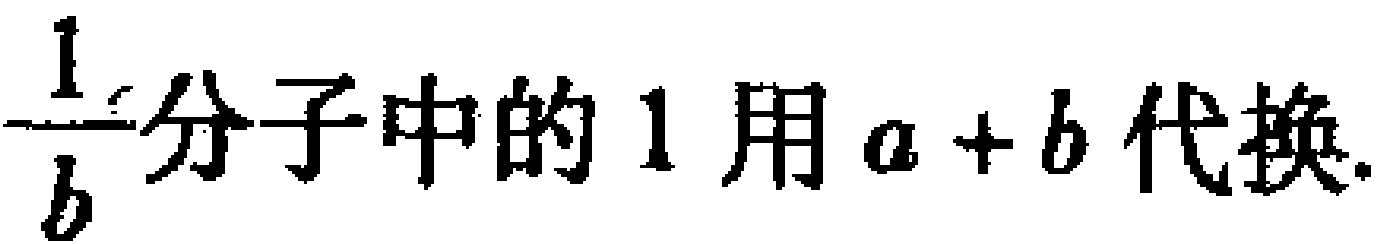
$\frac{1}{b}分子中的1用a + b代换.$